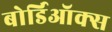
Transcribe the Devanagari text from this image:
बोर्डिऑक्स